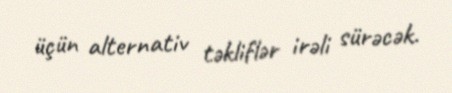
üçün alternativ təkliflər irəli sürəcək.